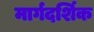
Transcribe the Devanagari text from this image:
मार्गदर्शिक